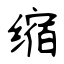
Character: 缩